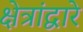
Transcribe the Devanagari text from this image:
क्षेत्रांद्वारे